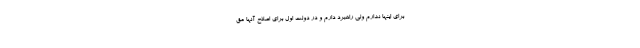
برای اینها ندارم ولی راهبرد دارم و در دولت اول برای اصلاح آنها مق